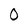
Character: O